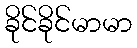
ခိုင်ခိုင်မာမာ